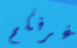
غرفكم